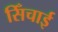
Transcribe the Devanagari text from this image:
सिँचाई